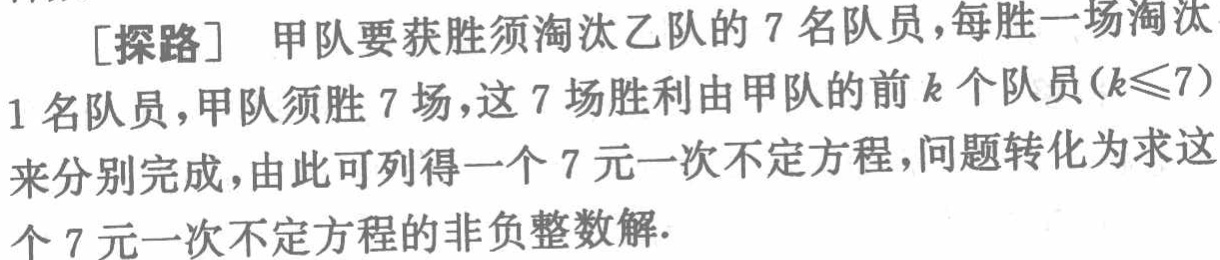
[探路] 甲队要获胜须淘汰乙队的 7 名队员，每胜一场淘汰
1 名队员，甲队须胜 7 场，这 7 场胜利用甲队的前 \(k\) 个队员\((k\leqslant7)\)
来分别完成，由此可列得一个 7 元一次不定方程，问题转化为求这
个 7 元一次不定方程的非负整数解.